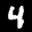
Label: 4